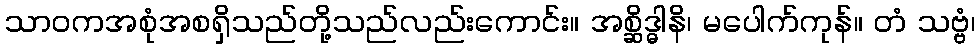
သာဝကအစုံအစရှိသည်တို့သည်လည်းကောင်း။ အစ္ဆိဒ္ဓါနိ၊ မပေါက်ကုန်။ တံ သဗ္ဗံ၊